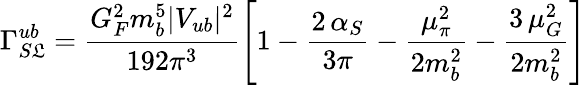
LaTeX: \Gamma_{S\mathfrak{L}}^{ub}=\frac{{G_{F}^{2}m_{b}^{5}|V_{ub}|^{2}}}{{192\pi^{3}}}\left[1-\frac{{2\, \alpha_{S}}}{{3\pi}}-\frac{{\mu_{\pi}^{2}}}{{2m_{b}^{2}}}-\frac{{3\, \mu_{G}^{2}}}{{2m_{b}^{2}}}\right]